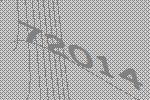
72014